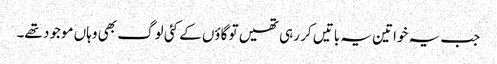
جب یہ خواتین یہ باتیں کر رہی تھیں تو گاؤں کے کئی لوگ بھی وہاں موجود تھے۔